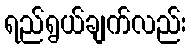
ရည်ရွယ်ချက်လည်း